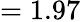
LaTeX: =1.97